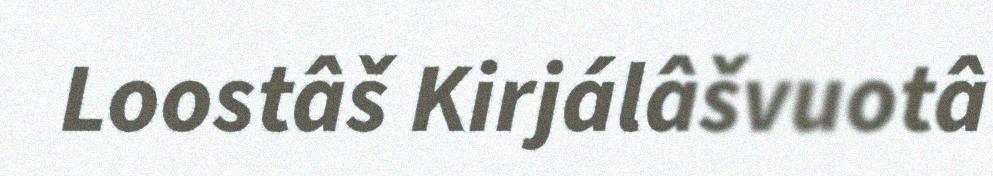
Loostâš Kirjálâšvuotâ